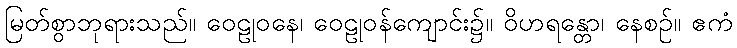
မြတ်စွာဘုရားသည်။ ဝေဠုဝနေ၊ ဝေဠုဝန်ကျောင်း၌။ ဝိဟရန္တော၊ နေစဉ်။ ဧကံ